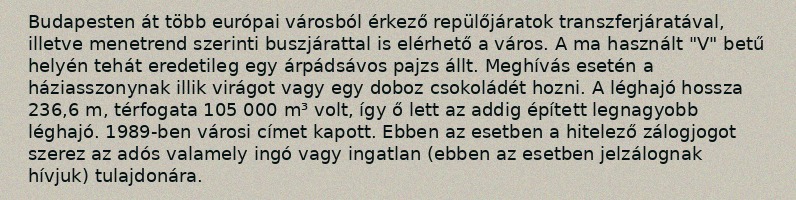
Budapesten át több európai városból érkező repülőjáratok transzferjáratával, illetve menetrend szerinti buszjárattal is elérhető a város. A ma használt "V" betű helyén tehát eredetileg egy árpádsávos pajzs állt. Meghívás esetén a háziasszonynak illik virágot vagy egy doboz csokoládét hozni. A léghajó hossza 236,6 m, térfogata 105 000 m³ volt, így ő lett az addig épített legnagyobb léghajó. 1989-ben városi címet kapott. Ebben az esetben a hitelező zálogjogot szerez az adós valamely ingó vagy ingatlan (ebben az esetben jelzálognak hívjuk) tulajdonára.